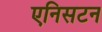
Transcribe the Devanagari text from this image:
एनिसटन